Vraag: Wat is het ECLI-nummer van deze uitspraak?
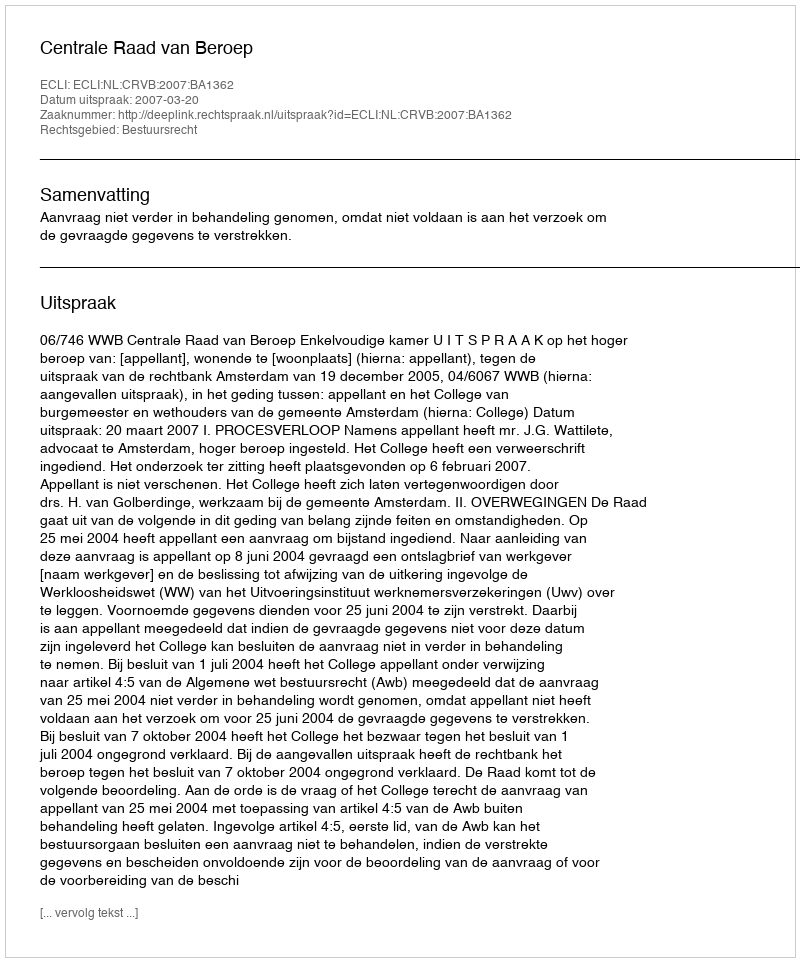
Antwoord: ECLI:NL:CRVB:2007:BA1362